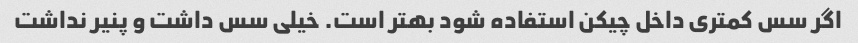
اگر سس کمتری داخل چیکن استفاده شود بهتر است. خیلی سس داشت و پنیر نداشت